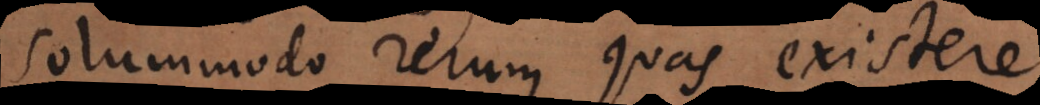
solummodo rerum quas existere